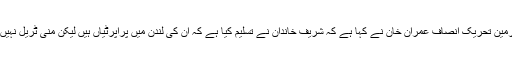
چیئرمین تحریک انصاف عمران خان نے کہا ہے کہ شریف خاندان نے تسلیم کیا ہے کہ ان کی لندن میں پراپرٹیاں ہیں لیکن منی ٹریل نہیں دیا۔